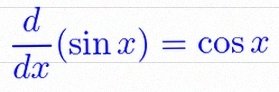
\frac{d}{dx}(\sin x)=\cos x